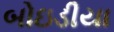
બોઇડીયા